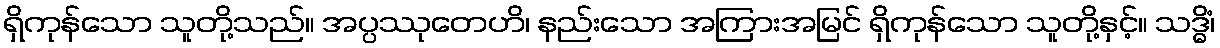
ရှိကုန်သော သူတို့သည်။ အပ္ပဿုတေဟိ၊ နည်းသော အကြားအမြင် ရှိကုန်သော သူတို့နှင့်။ သဒ္ဓိံ၊